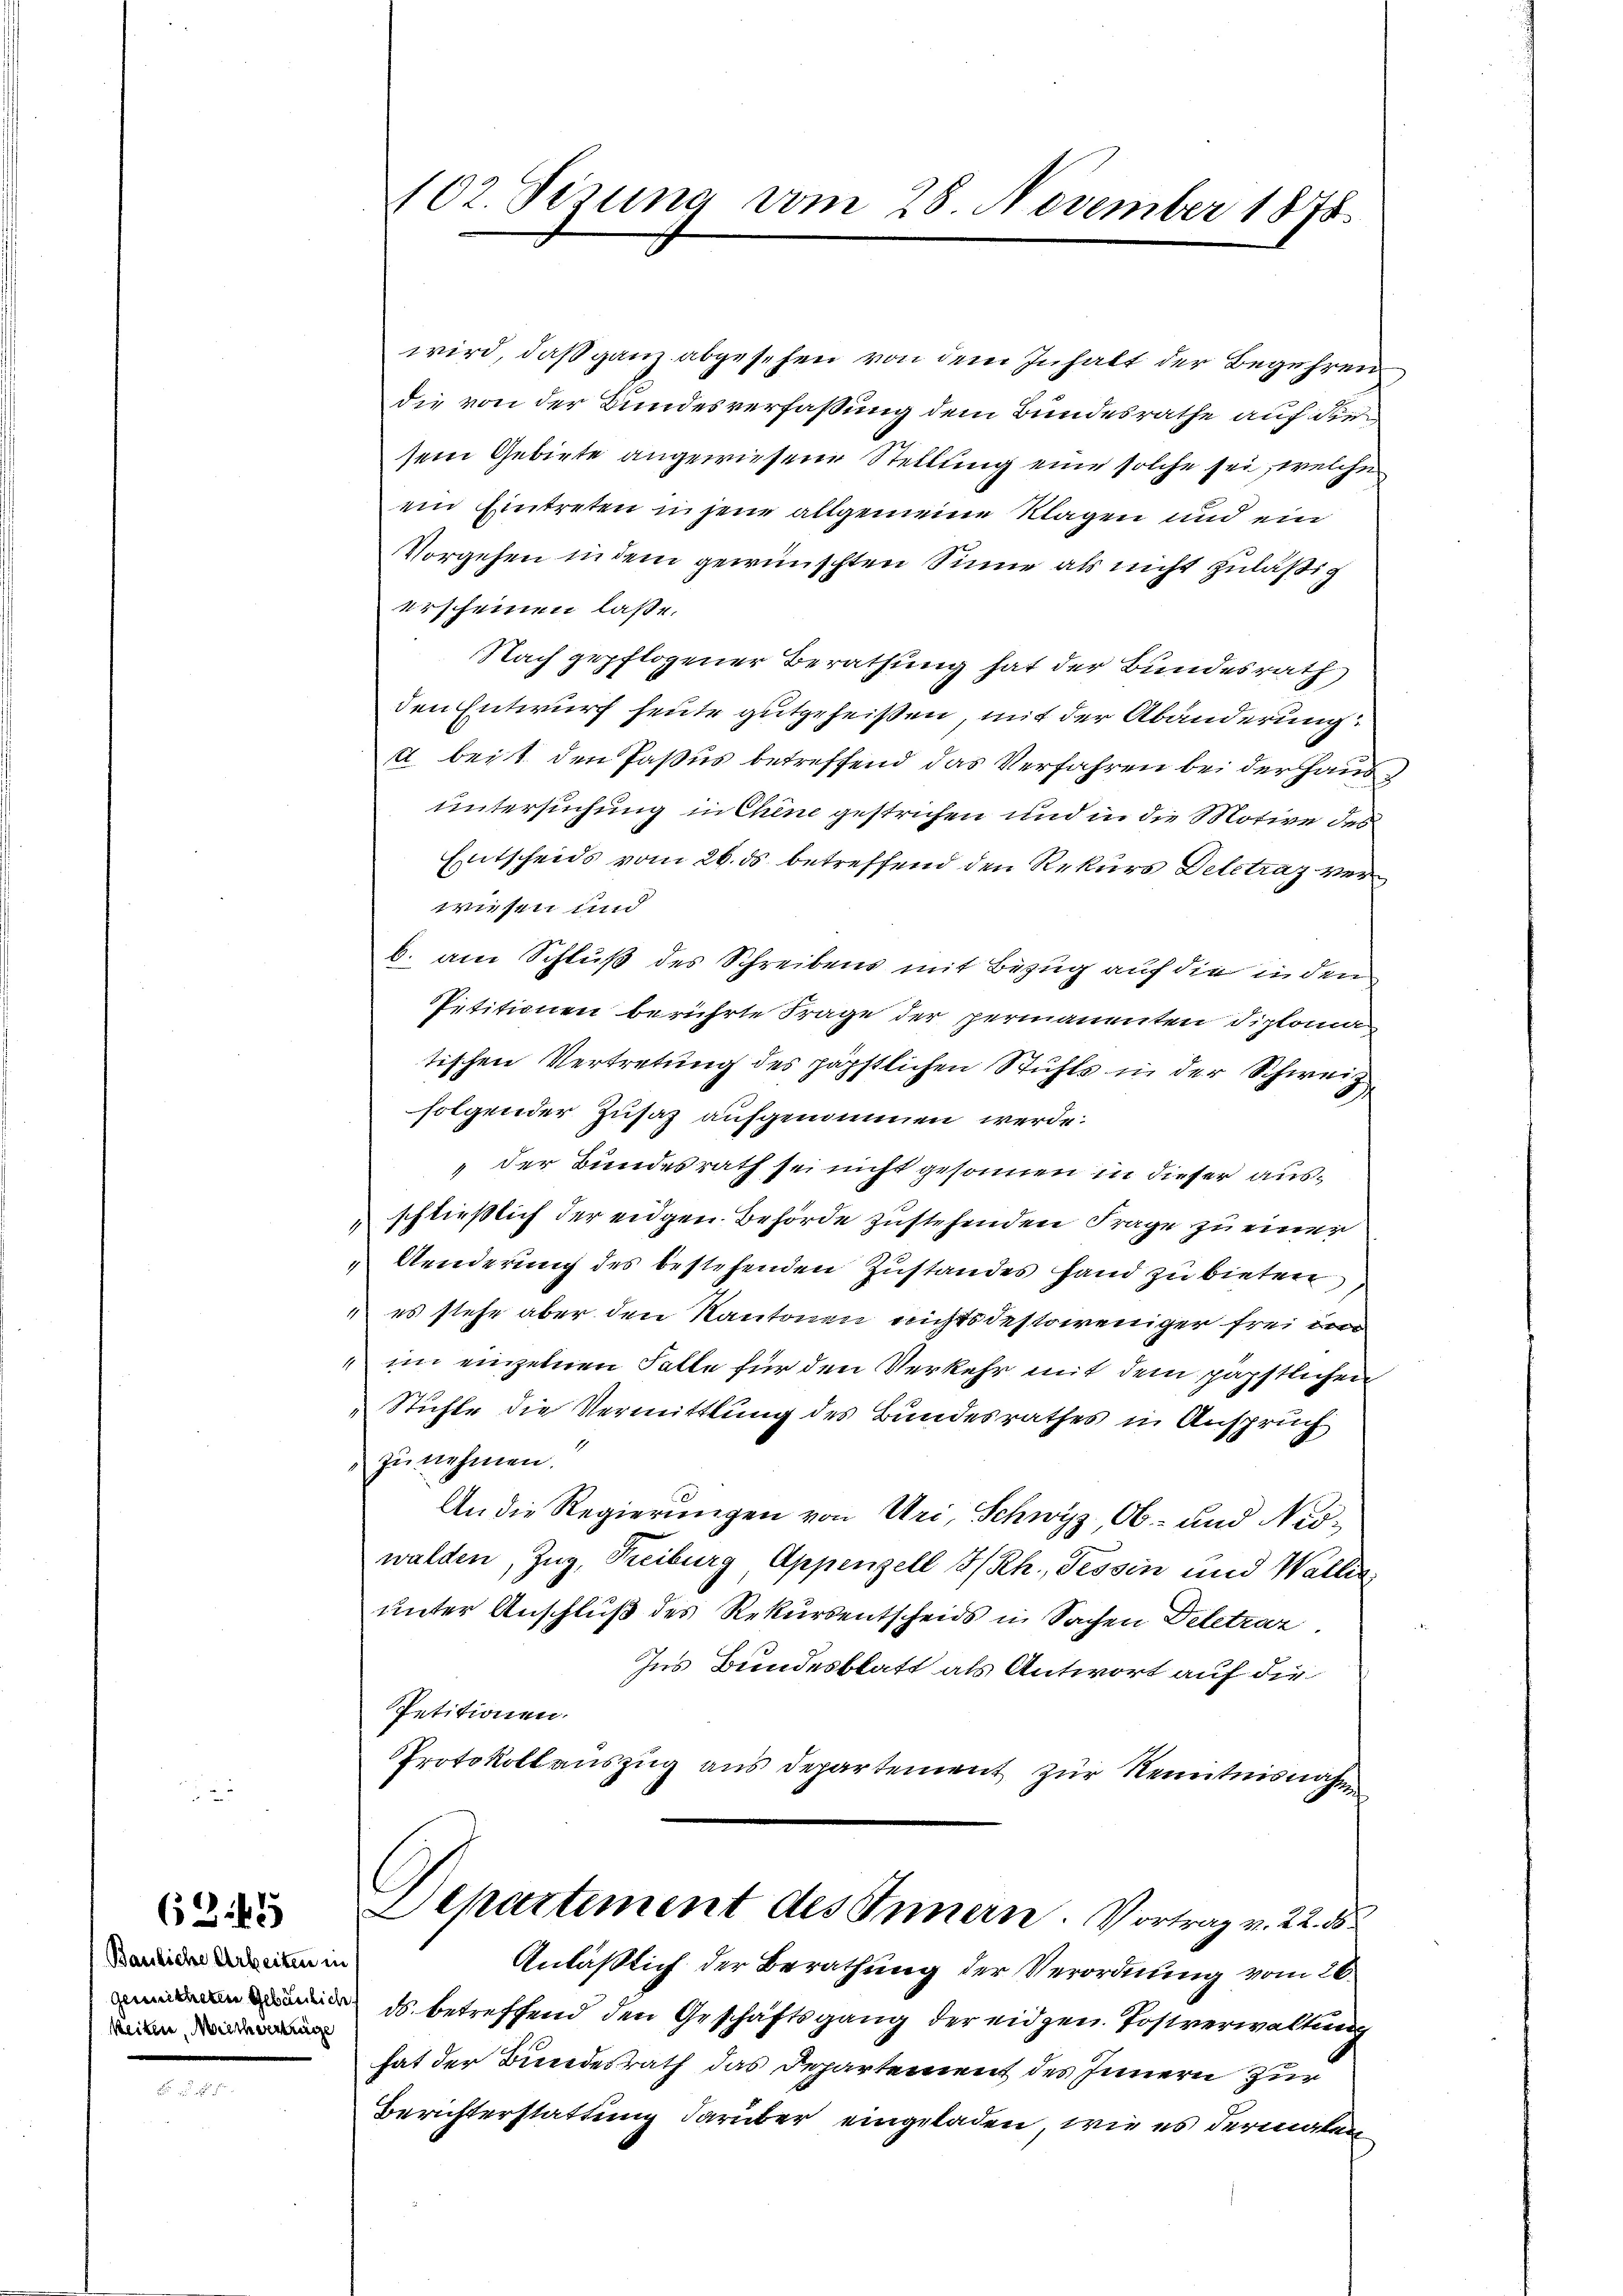
6245

Bauliche Arbeiten in
keiten, Miethvertige

102. Sezung vom 28. November 1878.

wird, daß ganz abgesehen von dem Inhalt der Begehren
die von der Bundesverfassung dem Bundesrathe auf die
sem Gebiete angewiesene Stellung eine solche sei, welche
ein Eintreten in jene allgemeine Klagen und ein
Vorgehen in dem gewünschten Sinne als nicht zuläßig
erscheinen lasse.
Nach gepflogener Berathung hat der Bundesrath
den Entwurf heute gutgeheißen, mit der Abänderung
a bei 1 den Pasus betreffend das Verfahren bei der Hausuntersuchung in Chine gestrichen und in die Motive des
Entscheids vom 26. ds. betreffend den Rekurs Delectraz verwiesen und
b. am Schluß des Schreibens mit Bezug auf die in den
Petitionen berührte Frage der permanenten Diploma
tischen Vertretung des päpstlichen Stuhls in der Schweizfolgender Zusatz aufgenommen werde.
„der Bundesrath sei nicht gesonnen in dieser aus¬
" schließlich der eidgen. Behörde zustehenden Frage zu einer
Aenderung des bestehenden Zustandes hand zu bieten,
 es stehe aber den Kantonen nichtsdestoweniger frei von
" im einzelnen Falle für den Verkehr mit dem päpstlichen
Stühle die Vermittlung des Bundesrathes in Anspruch
zunehmen.
An die Regierungen von Uri, Schwyz, Ob- und Nidwalden, Zug, Freiburg, Appenzell I/Rh., Tessin und Wallis
unter Anschluß des Rekursentscheids in Sachen Deletrar.
Ins Bundesblatt als Antwort auf die
Petitionen.
Protokollauszug aus Departement zur Kenntnisnahm
Departement des Innern. Vortrag v. 22. d
Anläßlich der Berathung der Verordnung vom 26.
ds. betreffend den Geschäftsgang der eidgen. Postverwaltung
hat der Bundesrath das Departement des Innern zur
Berichterstattung darüber eingeladen, wie es dermalen